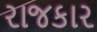
રાજકાર